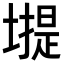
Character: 𡐾